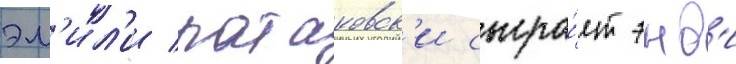
эм'ил'и ратаковск'и сыгра́ет энд'и